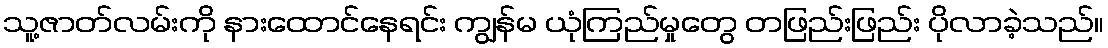
သူ့ဇာတ်လမ်းကို နားထောင်နေရင်း ကျွန်မ ယုံကြည်မှုတွေ တဖြည်းဖြည်း ပိုလာခဲ့သည်။